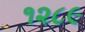
૧૨૮૯